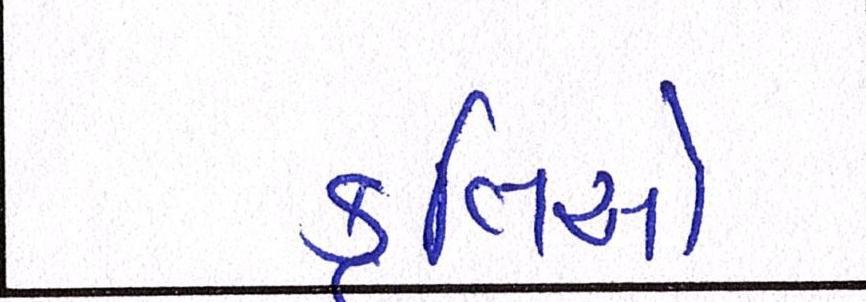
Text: કૃતિઓ